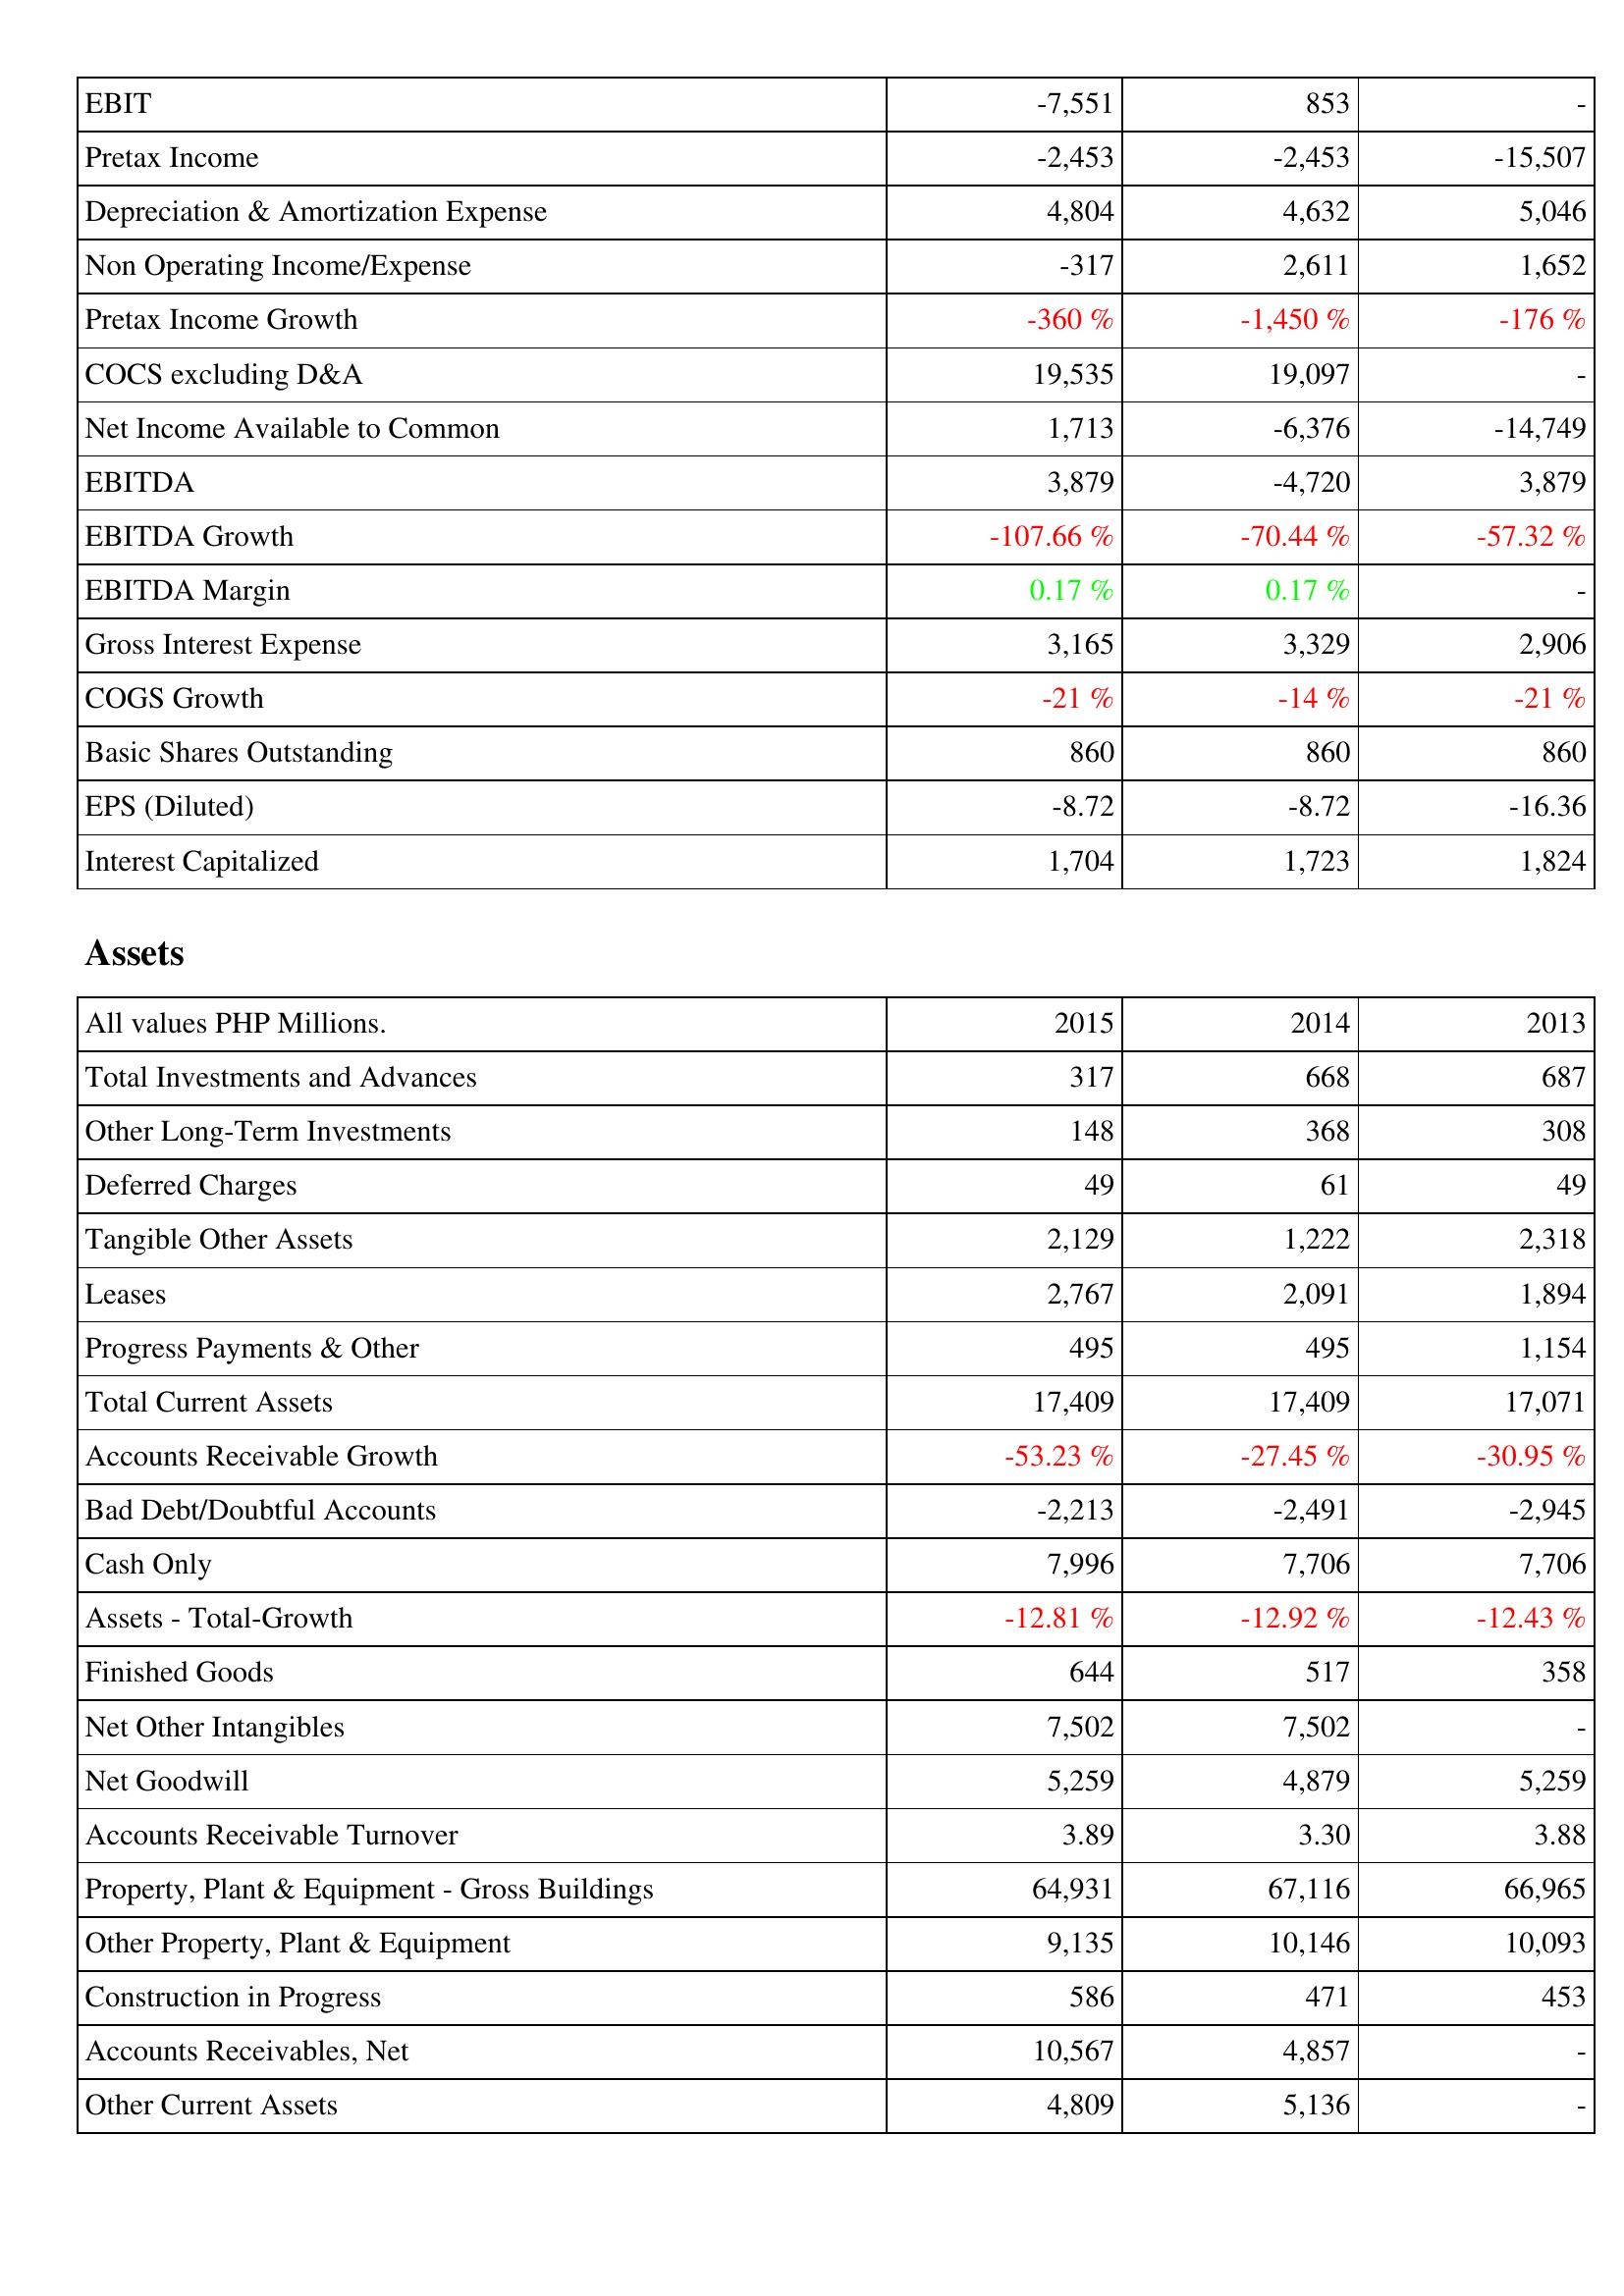
2015: Income Statement: EBIT: -7,551
Pretax Income: -2,453
Depreciation & Amortization Expense: 4,804
Non Operating Income/Expense: -317
Pretax Income Growth: -360 %
COCS excluding D&A: 19,535
Net Income Available to Common: 1,713
EBITDA: 3,879
EBITDA Growth: -107.66 %
EBITDA Margin: 0.17 %
Gross Interest Expense: 3,165
COGS Growth: -21 %
Basic Shares Outstanding: 860
EPS (Diluted): -8.72
Interest Capitalized: 1,704
Assets: Total Investments and Advances: 317
Other Long-Term Investments: 148
Deferred Charges: 49
Tangible Other Assets: 2,129
Leases: 2,767
Progress Payments & Other: 495
Total Current Assets: 17,409
Accounts Receivable Growth: -53.23 %
Bad Debt/Doubtful Accounts: -2,213
Cash Only: 7,996
Assets - Total-Growth: -12.81 %
Finished Goods: 644
Net Other Intangibles: 7,502
Net Goodwill: 5,259
Accounts Receivable Turnover: 3.89
Property, Plant & Equipment - Gross Buildings: 64,931
Other Property, Plant & Equipment: 9,135
Construction in Progress: 586
Accounts Receivables, Net: 10,567
Other Current Assets: 4,809
2014: Income Statement: EBIT: 853
Pretax Income: -2,453
Depreciation & Amortization Expense: 4,632
Non Operating Income/Expense: 2,611
Pretax Income Growth: -1,450 %
COCS excluding D&A: 19,097
Net Income Available to Common: -6,376
EBITDA: -4,720
EBITDA Growth: -70.44 %
EBITDA Margin: 0.17 %
Gross Interest Expense: 3,329
COGS Growth: -14 %
Basic Shares Outstanding: 860
EPS (Diluted): -8.72
Interest Capitalized: 1,723
Assets: Total Investments and Advances: 668
Other Long-Term Investments: 368
Deferred Charges: 61
Tangible Other Assets: 1,222
Leases: 2,091
Progress Payments & Other: 495
Total Current Assets: 17,409
Accounts Receivable Growth: -27.45 %
Bad Debt/Doubtful Accounts: -2,491
Cash Only: 7,706
Assets - Total-Growth: -12.92 %
Finished Goods: 517
Net Other Intangibles: 7,502
Net Goodwill: 4,879
Accounts Receivable Turnover: 3.30
Property, Plant & Equipment - Gross Buildings: 67,116
Other Property, Plant & Equipment: 10,146
Construction in Progress: 471
Accounts Receivables, Net: 4,857
Other Current Assets: 5,136
2013: Income Statement: EBIT: -
Pretax Income: -15,507
Depreciation & Amortization Expense: 5,046
Non Operating Income/Expense: 1,652
Pretax Income Growth: -176 %
COCS excluding D&A: -
Net Income Available to Common: -14,749
EBITDA: 3,879
EBITDA Growth: -57.32 %
EBITDA Margin: -
Gross Interest Expense: 2,906
COGS Growth: -21 %
Basic Shares Outstanding: 860
EPS (Diluted): -16.36
Interest Capitalized: 1,824
Assets: Total Investments and Advances: 687
Other Long-Term Investments: 308
Deferred Charges: 49
Tangible Other Assets: 2,318
Leases: 1,894
Progress Payments & Other: 1,154
Total Current Assets: 17,071
Accounts Receivable Growth: -30.95 %
Bad Debt/Doubtful Accounts: -2,945
Cash Only: 7,706
Assets - Total-Growth: -12.43 %
Finished Goods: 358
Net Other Intangibles: -
Net Goodwill: 5,259
Accounts Receivable Turnover: 3.88
Property, Plant & Equipment - Gross Buildings: 66,965
Other Property, Plant & Equipment: 10,093
Construction in Progress: 453
Accounts Receivables, Net: -
Other Current Assets: -